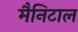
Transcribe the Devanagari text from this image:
मैनिटाल